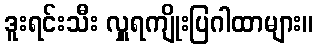
ဒူးရင်းသီး လှူရကျိုးပြဂါထာများ။